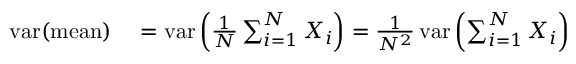
\begin{array} { r l } { \operatorname { v a r } ( { \mathrm { m e a n } } ) } & { { } = \operatorname { v a r } \left( { \frac { 1 } { N } } \sum _ { i = 1 } ^ { N } X _ { i } \right) = { \frac { 1 } { N ^ { 2 } } } \operatorname { v a r } \left( \sum _ { i = 1 } ^ { N } X _ { i } \right) } \end{array}